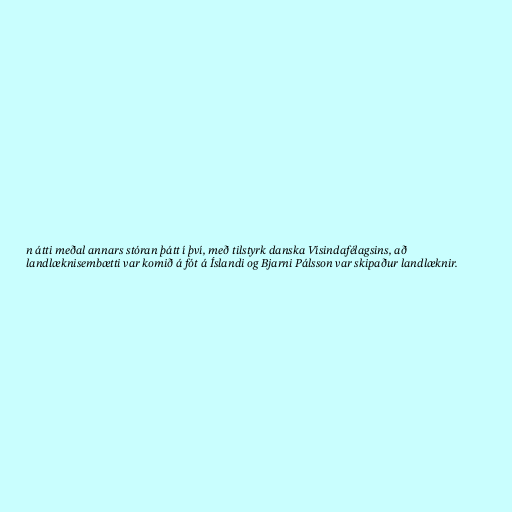
n átti meðal annars stóran þátt í því, með tilstyrk danska Vísindafélagsins, að
landlæknisembætti var komið á fót á Íslandi og Bjarni Pálsson var skipaður landlæknir.